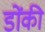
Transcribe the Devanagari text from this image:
डोंकी